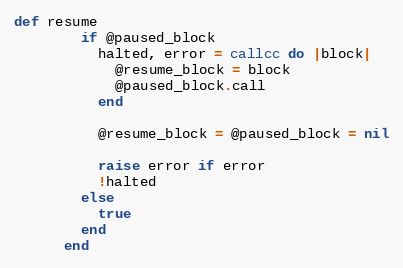
Language: Ruby
def resume
        if @paused_block
          halted, error = callcc do |block|
            @resume_block = block
            @paused_block.call
          end

          @resume_block = @paused_block = nil

          raise error if error
          !halted
        else
          true
        end
      end